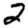
Digit: 2